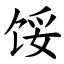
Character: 馁